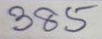
385